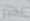
بخير